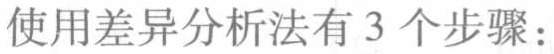
使用差异分析法有 3 个步骤：